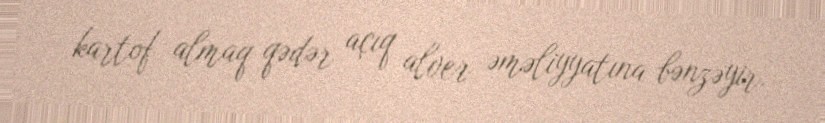
kartof almaq qədər açıq alver əməliyyatına bənzəyir.